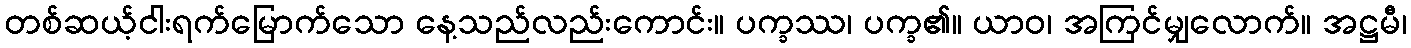
တစ်ဆယ့်ငါးရက်မြောက်သော နေ့သည်လည်းကောင်း။ ပက္ခဿ၊ ပက္ခ၏။ ယာဝ၊ အကြင်မျှလောက်။ အဋ္ဌမီ၊